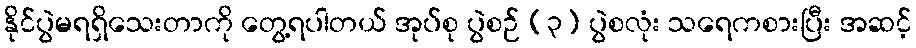
နိုင်ပွဲမရရှိသေးတာကို တွေ့ရပါတယ် အုပ်စု ပွဲစဉ် (၃) ပွဲစလုံး သရေကစားပြီး အဆင့်